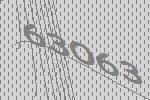
63063